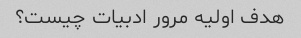
هدف اولیه مرور ادبیات چیست؟